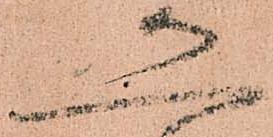
恐